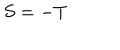
LaTeX: S = - T